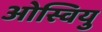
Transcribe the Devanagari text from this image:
ओस्वियु